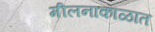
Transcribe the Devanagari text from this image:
मीलनाकाळात